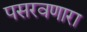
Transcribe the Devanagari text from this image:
पसरवणारा